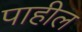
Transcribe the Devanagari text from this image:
पाहील